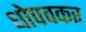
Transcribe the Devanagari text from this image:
धोपवकर